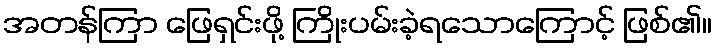
အတန်ကြာ ဖြေရှင်းဖို့ ကြိုးပမ်းခဲ့ရသောကြောင့် ဖြစ်၏။